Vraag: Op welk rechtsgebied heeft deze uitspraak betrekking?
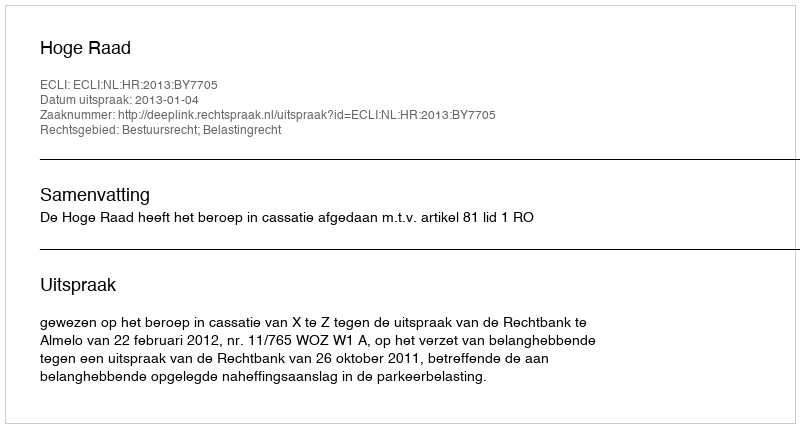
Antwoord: Bestuursrecht; Belastingrecht